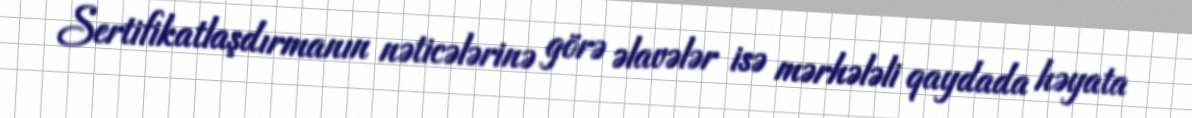
Sertifikatlaşdırmanın nəticələrinə görə əlavələr isə mərhələli qaydada həyata